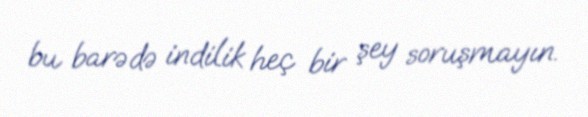
bu barədə indilik heç bir şey soruşmayın.